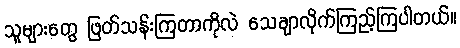
သူများတွေ ဖြတ်သန်းကြတာကိုလဲ သေချာလိုက်ကြည့်ကြပါတယ်။